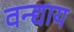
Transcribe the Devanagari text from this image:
वन्द्याय